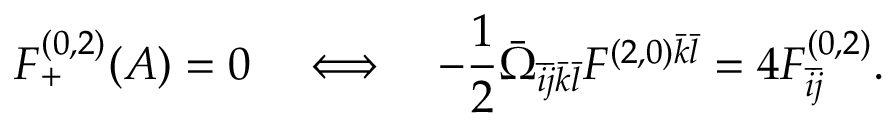
F _ { + } ^ { ( 0 , 2 ) } ( A ) = 0 \quad \Longleftrightarrow \quad - \frac { 1 } { 2 } \bar { \Omega } _ { \bar { i } \bar { j } \bar { k } \bar { l } } F ^ { ( 2 , 0 ) \bar { k } \bar { l } } = 4 F _ { \bar { i } \bar { j } } ^ { ( 0 , 2 ) } .